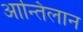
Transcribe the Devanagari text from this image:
आन्तिलान